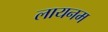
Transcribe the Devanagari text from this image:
लायनम